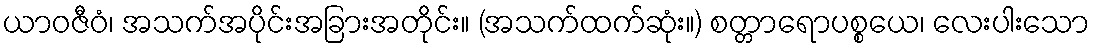
ယာဝဇီဝံ၊ အသက်အပိုင်းအခြားအတိုင်း။ (အသက်ထက်ဆုံး။) စတ္တာရောပစ္စယေ၊ လေးပါးသော